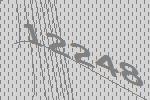
12248